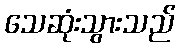
သေဆုံးသွားသည်